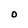
Character: O